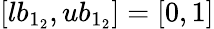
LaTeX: [lb_{1_{2}},ub_{1_{2}}]=[0,1]